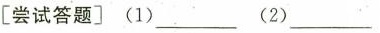
[尝试答题] (1)___ (2)___